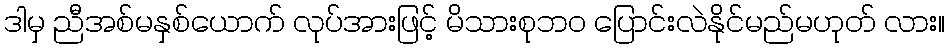
ဒါမှ ညီအစ်မနှစ်ယောက် လုပ်အားဖြင့် မိသားစုဘ၀ ပြောင်းလဲနိုင်မည်မဟုတ် လား။